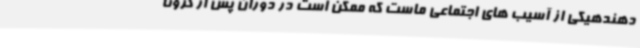
دهندهیکی از آسیب های اجتماعی ماست که ممکن است در دوران پس از کرونا